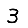
Digit: 3